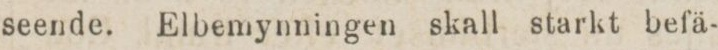
seende. Elbemynningen skall starkt befä-